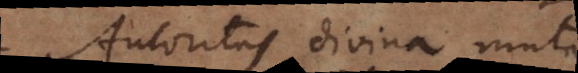
Autoritas divina aut